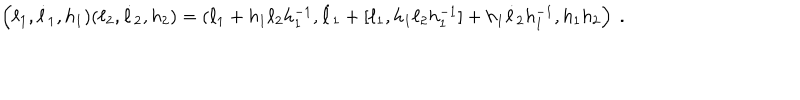
\left( \ell _ { 1 } , \dot { \ell } _ { 1 } , h _ { 1 } ) ( \ell _ { 2 } , \dot { \ell } _ { 2 } , h _ { 2 } ) = ( \ell _ { 1 } + h _ { 1 } \ell _ { 2 } h _ { 1 } ^ { - 1 } , \dot { \ell } _ { 1 } + [ \ell _ { 1 } , h _ { 1 } \ell _ { 2 } h _ { 1 } ^ { - 1 } ] + h _ { 1 } \dot { \ell } _ { 2 } h _ { 1 } ^ { - 1 } , h _ { 1 } h _ { 2 } \right) \ .